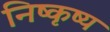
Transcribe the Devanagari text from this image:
निष्कृष्य